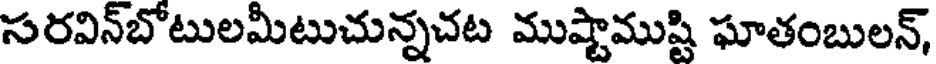
సరవిన్బోటులమీటుచున్నచట ముష్టాముష్టి ఘాతంబులన్,